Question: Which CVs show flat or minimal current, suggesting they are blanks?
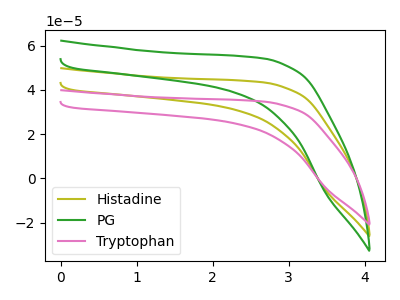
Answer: <think>The olive curve "Histadine" has no peaks. The green curve "PG" has no peaks. The pink curve "Tryptophan" has no peaks.</think>
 <answer>"Histadine", "PG" and "Tryptophan" are likely to be blanks.</answer>
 <eval>"Histadine", "PG", "Tryptophan"</eval>